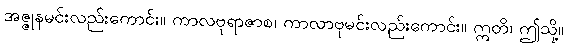
အဇ္ဇုနမင်းလည်းကောင်း။ ကာလဗုရာဇာစ၊ ကာလာဗုမင်းလည်းကောင်း။ ဣတိ၊ ဤသို့။